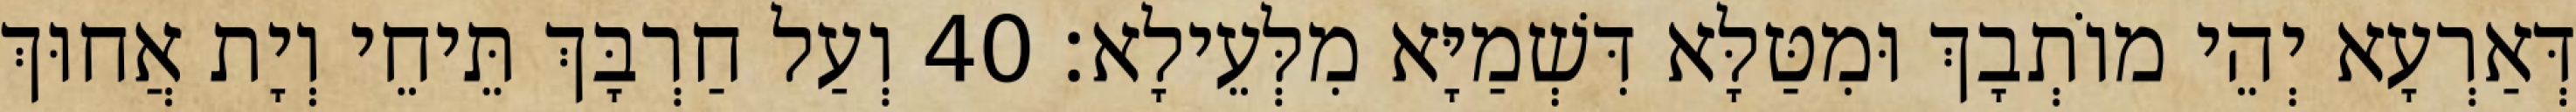
דְּאַרְעָא יְהֵי מוֹתְבָךְ וּמִטַּלָּא דִּשְׁמַיָּא מִלְּעֵילָא׃ 40 וְעַל חַרְבָּךְ תֵּיחֵי וְיָת אֲחוּךְ